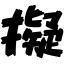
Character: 擬